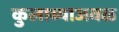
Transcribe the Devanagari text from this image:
कुलाब्याजवळ